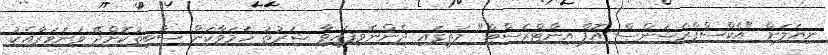
ނިޔަލަށް "އެކްސްޕްރެޝަންސް އޮފް އިންޓްރެސްޓް" މަތީގައި ދެންނެވިފައިވާ ޝަރުޠު ހަމަވާކަން ސާބިތުކޮށްދޭ ވަނަވަރާއެކު